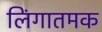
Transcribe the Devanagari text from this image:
लिंगातमक